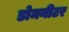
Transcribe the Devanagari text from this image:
डोमनीटर